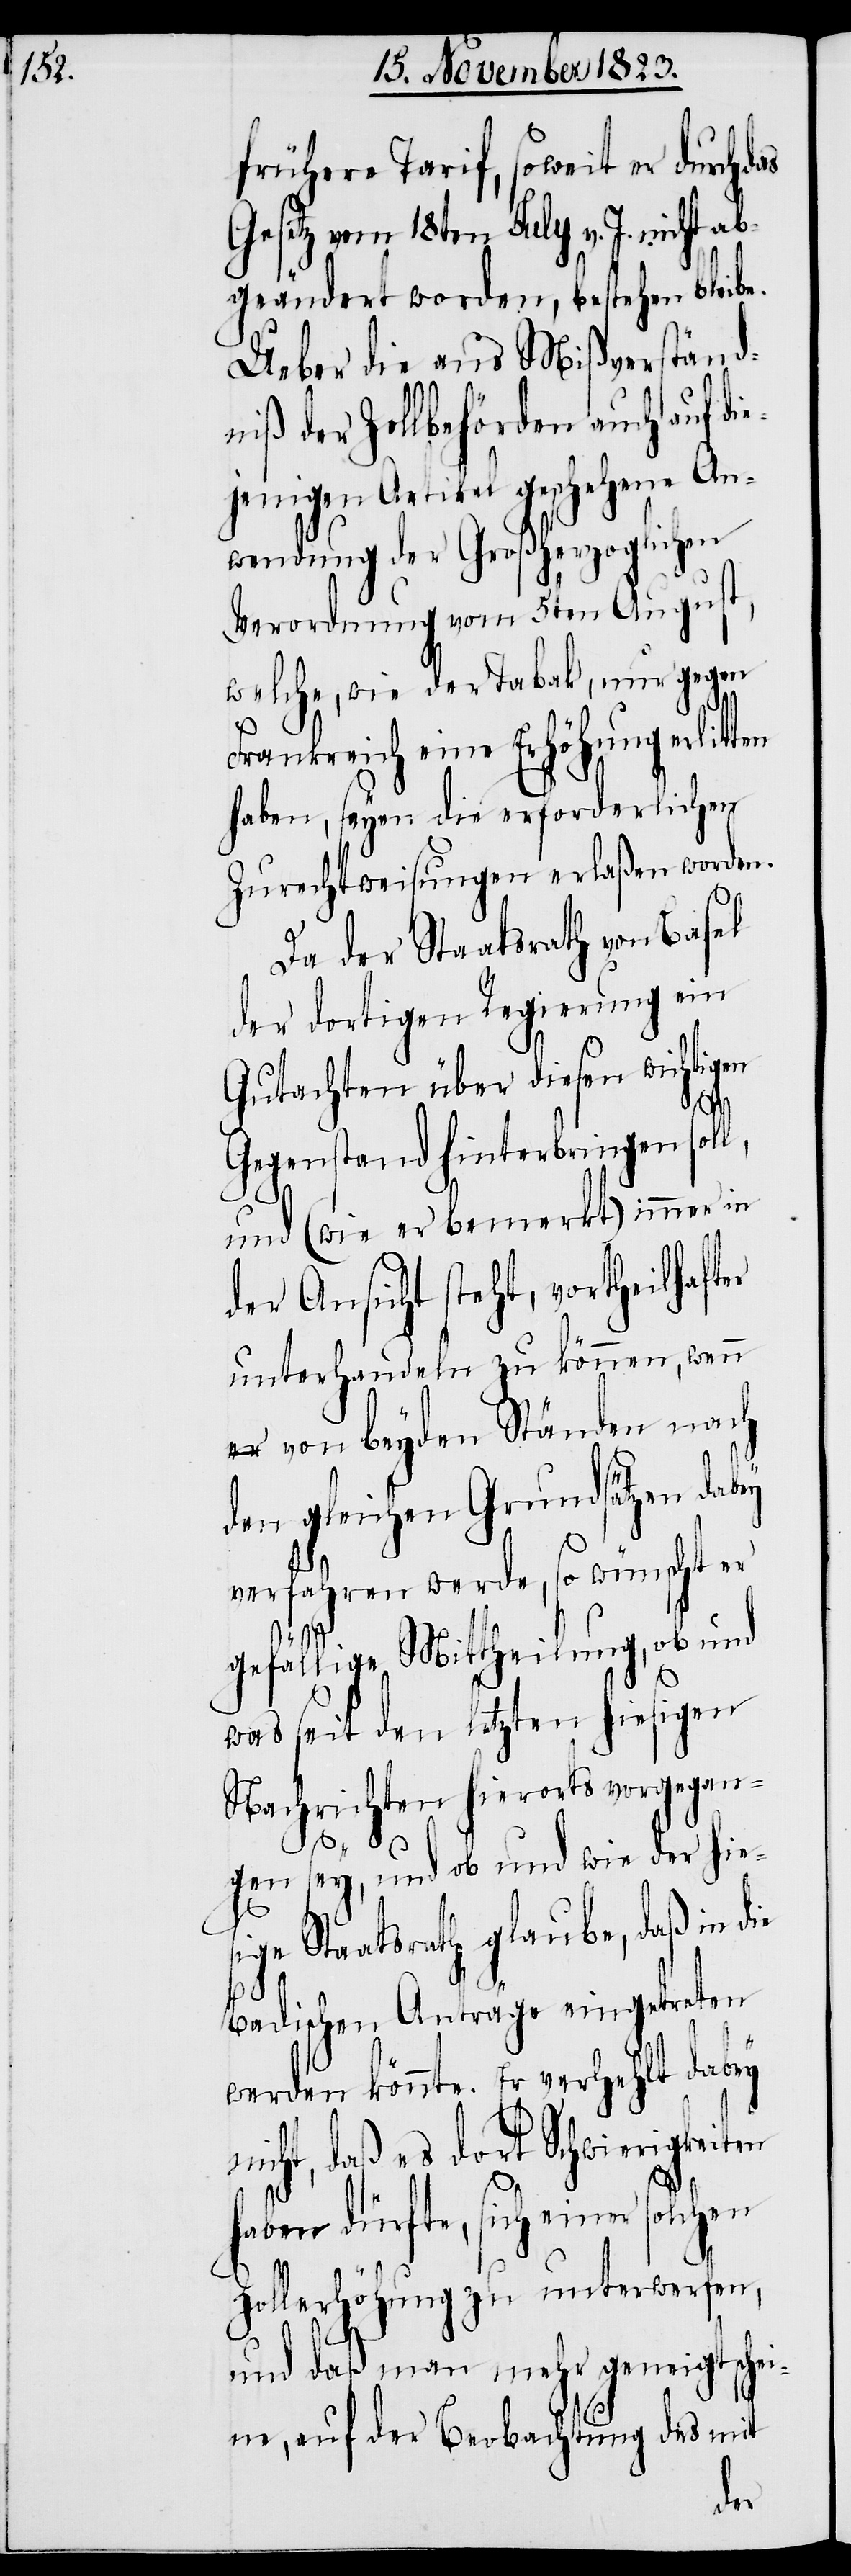
frühere Tarif, soweit er durch
Gesetz vom 18ten July v. J. nicht ab¬
geändert worden, bestehen bleibe.
Ueber die aus Mißverständ¬
niß der Zollbehörden auch auf di¬
ejenigen Artikel geschehene An¬
wendung der Großherzoglichen
Verordnung vom 5ten August,
welche, wie der Tabak, nur gegen
Frankreich eine Erhöhung erlit¬
haben, seyen die erforderlichen
Zurechtweisungen erlaßen worden.
Da der Staatsrath von Basel
der dortigen Regierung ein
Gutachten über diesen wichtigen
ie
Gegenstand hinterbringen soll,
und (wie er bemerkt) immer in
der Ansicht steht, vortheilhafter
unterhandeln zu können, wenn
r-a von beyden Ständen nach
den gleichen Grundsätzen dabey
verfahren werde, so wünscht er
gefällige Mittheilung, ob und
was seit den letzten hiesigen
Nachrichten hierorts vorgegan¬
gen sey, und ob und wie der hie¬
ge Staatsrath glaube, daß in d¬
Badischen Anträge eingetreten
werden könnte. Er verhehlt dabey
nicht, daß es dort Schwierigkeiten
haben dürfte, sich einer solchen
Zollerhöhung zu unterwerfen,
und daß man mehr geneigt schei¬
ne, auf der Beobachtung des mit
das